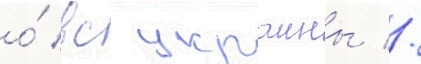
о́ вс украины //